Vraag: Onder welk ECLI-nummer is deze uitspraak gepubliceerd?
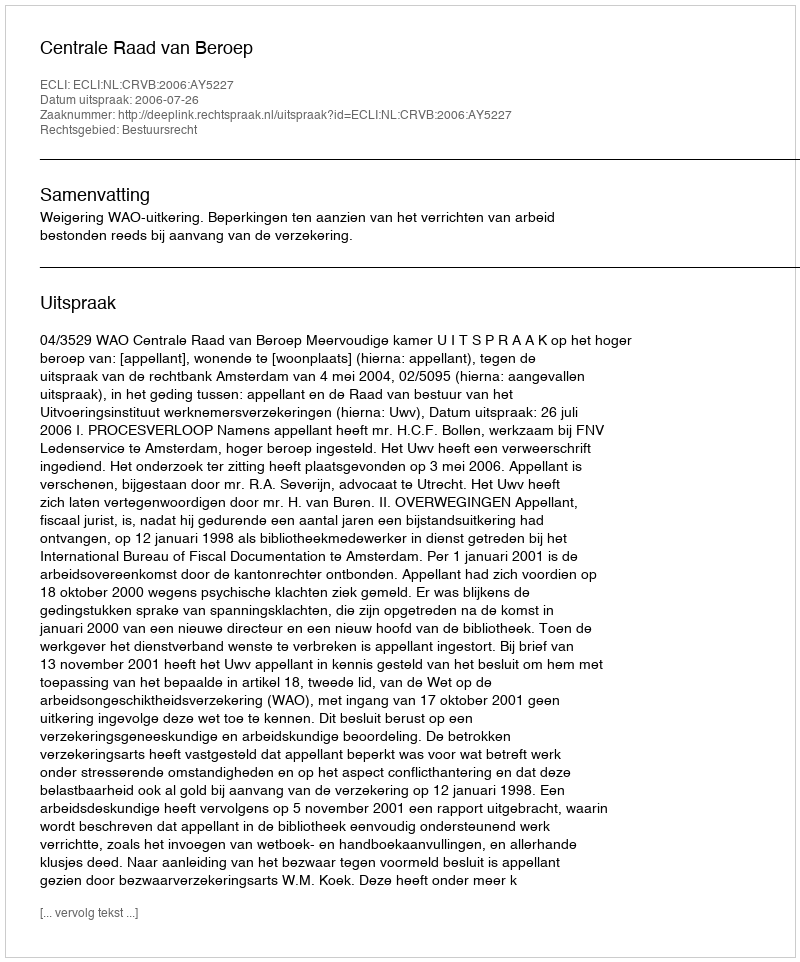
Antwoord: ECLI:NL:CRVB:2006:AY5227